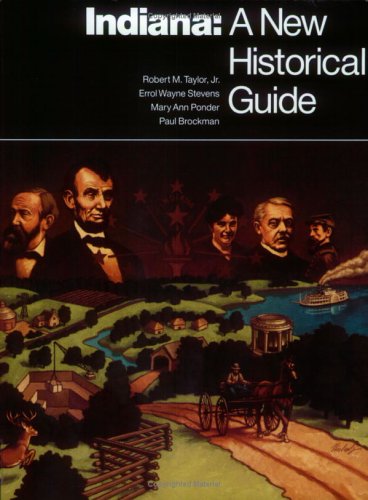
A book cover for Indiana: A New Historical Guide; Robert M. Taylor; Travel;